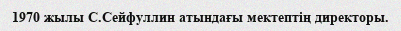
1970 жылы С.Сейфуллин атындағы мектептің директоры.